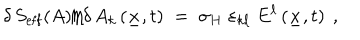
\delta \, S _ { \mathrm { e f f } } ( A ) \big / \delta \, A _ { k } \left( \underline { { { x } } } , t \right) \; = \; \sigma _ { H } \; \varepsilon _ { k \ell } \; E ^ { \ell } \left( \underline { { { x } } } , t \right) ~ ,